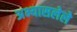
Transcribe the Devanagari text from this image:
अभ्यासलेले